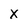
Character: X